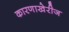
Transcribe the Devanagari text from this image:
कारणाखेरीज